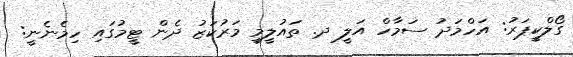
ގޯލްކީޕަރު: އަހްމަދު ސަމާހް އަލީ ދ. ތައުލީމީ މަރުކަޒު ދެން ޓީމުގައި ހިމެނެނީ: